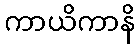
ကာယိကာနိ